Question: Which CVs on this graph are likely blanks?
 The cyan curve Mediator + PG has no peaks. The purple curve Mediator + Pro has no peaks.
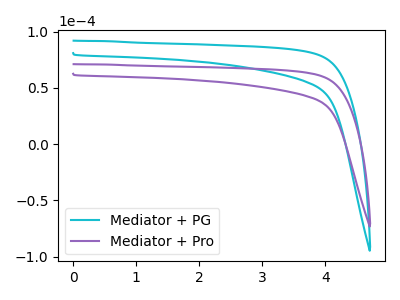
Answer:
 <answer>"Mediator + PG" and "Mediator + Pro" are likely to be blanks.</answer>
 <eval>"Mediator + PG", "Mediator + Pro"</eval>